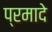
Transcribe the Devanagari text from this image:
प्रमादे